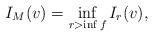
LaTeX: \begin{align*}I_M(v)=\inf_{r>\inf f} I_{r}(v),\end{align*}